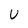
Character: U